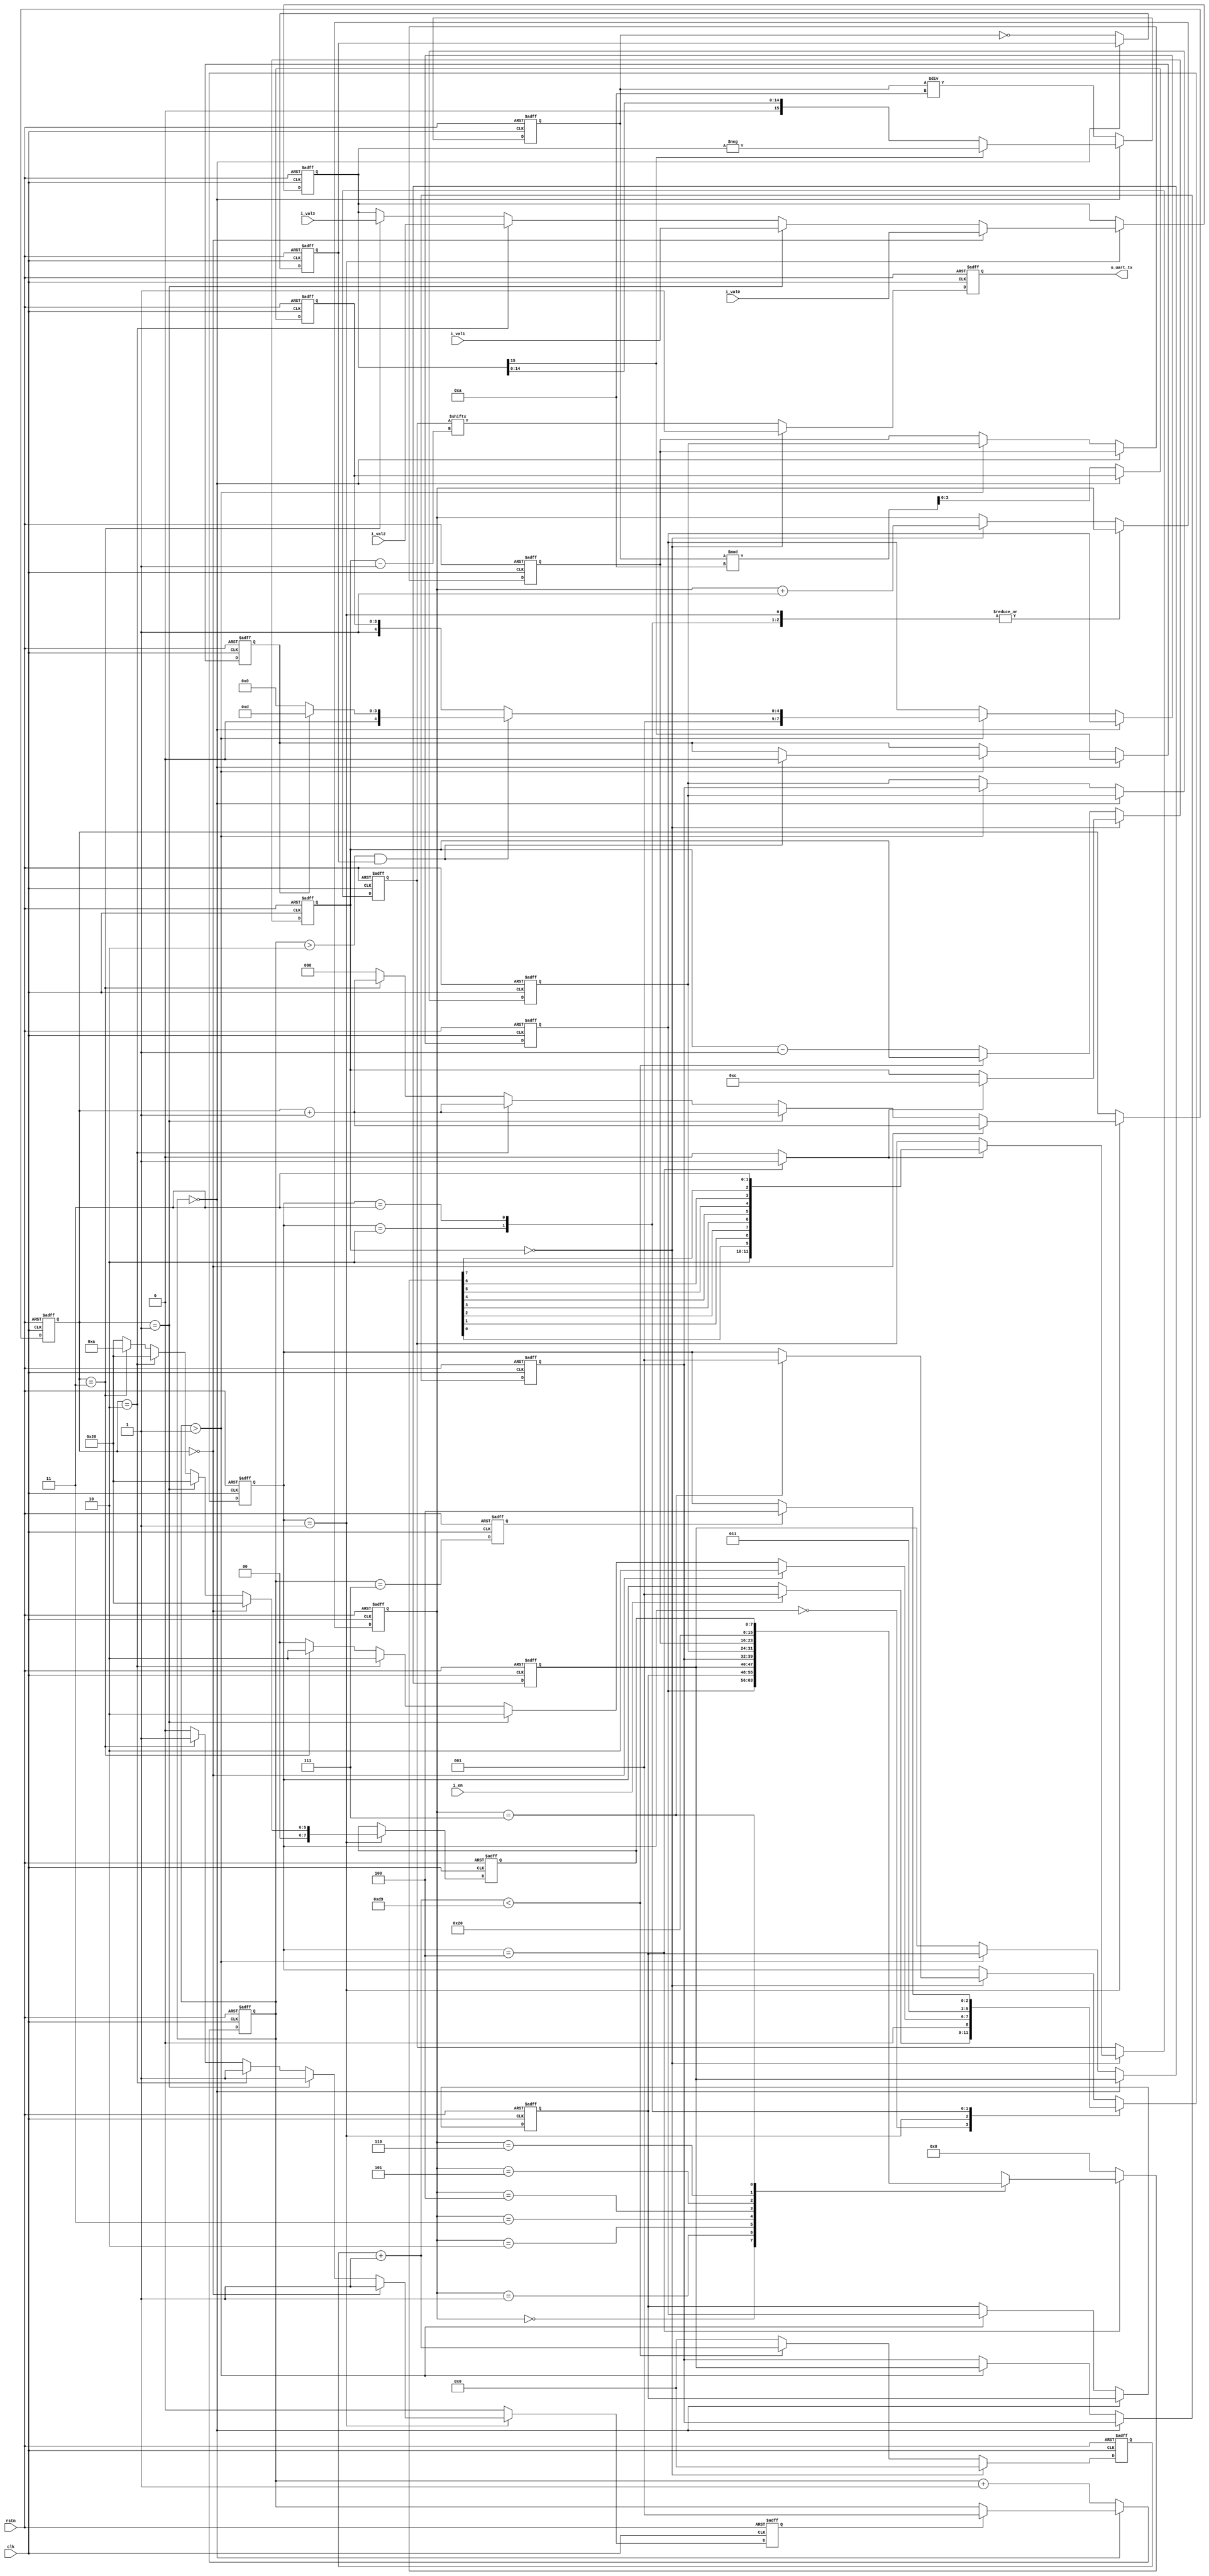
// This program was cloned from: https://github.com/WangXuan95/FPGA-FOC
// License: GNU General Public License v3.0


//--------------------------------------------------------------------------------------------------------
// uart_monitor
// Type    : synthesizable
// Standard: Verilog 2001 (IEEE1364-2001)
// UART115200,8,n,1 i_val0, i_val1, i_val2, i_val3 10 UART 
//--------------------------------------------------------------------------------------------------------

module uart_monitor #(
    parameter [15:0] CLK_DIV = 217 // UART 36.864MHz, CLK_DIV=320 UART  36.864MHz/320=115200
) (
    input  wire               rstn,
    input  wire               clk,
    input  wire               i_en,
    input  wire signed [15:0] i_val0,
    input  wire signed [15:0] i_val1,
    input  wire signed [15:0] i_val2,
    input  wire signed [15:0] i_val3,
    output reg                o_uart_tx  // UART TX 
);

initial o_uart_tx = 1'b1;

localparam [2:0] IDLE    = 3'd0,
                 SELECT  = 3'd1,
                 WAIT    = 3'd2,
                 PARSING = 3'd3,
                 SENDING = 3'd4;
reg        [2:0] stat;

wire       tx_rdy;
reg        tx_en;
reg  [7:0] tx_data;

reg               itoa_en;
reg signed [15:0] itoa_val;
reg               itoa_oen;
reg        [ 7:0] itoa_str [0:5];

reg        [ 2:0] vcnt;

reg        [ 2:0] cnt;
reg        [ 7:0] eov;
wire       [ 7:0] s_str[0:7];

assign s_str[0] = itoa_str[0];
assign s_str[1] = itoa_str[1];
assign s_str[2] = itoa_str[2];
assign s_str[3] = itoa_str[3];
assign s_str[4] = itoa_str[4];
assign s_str[5] = itoa_str[5];
assign s_str[6] = 8'h20;
assign s_str[7] = eov;

always @ (*) begin
    tx_en = 1'b0;
    tx_data = 0;
    if(stat==SENDING) begin
        tx_en = 1'b1;
        tx_data = s_str[cnt];
    end
end

always @ (posedge clk or negedge rstn)
    if(~rstn) begin
        stat <= IDLE;
        itoa_en <= 1'b0;
        itoa_val <= 0;
        vcnt <= 0;
        cnt <= 0;
        eov <= 8'h20;
    end else begin
        itoa_en <= 1'b0;
        case(stat)
            IDLE: if(i_en)
                stat <= SELECT;
            SELECT: begin
                if         (vcnt==3'd0) begin
                    vcnt <= vcnt + 3'd1;
                    stat <= WAIT;
                    itoa_en <= 1'b1;
                    itoa_val <= i_val0;
                    eov <= 8'h20;
                end else if(vcnt==3'd1) begin
                    vcnt <= vcnt + 3'd1;
                    stat <= WAIT;
                    itoa_en <= 1'b1;
                    itoa_val <= i_val1;
                    eov <= 8'h20;
                end else if(vcnt==3'd2) begin
                    vcnt <= vcnt + 3'd1;
                    stat <= WAIT;
                    itoa_en <= 1'b1;
                    itoa_val <= i_val2;
                    eov <= 8'h20;
                end else if(vcnt==3'd3) begin
                    vcnt <= vcnt + 3'd1;
                    stat <= WAIT;
                    itoa_en <= 1'b1;
                    itoa_val <= i_val3;
                    eov <= 8'h0A;
                end else begin
                    vcnt <= 3'd0;
                    stat <= IDLE;
                    eov <= 8'h20;
                end
            end
            WAIT:
                stat <= PARSING;
            PARSING: if(itoa_oen)
                stat <= SENDING;
            default: //SENDING:
                if(tx_rdy) begin
                    cnt <= cnt + 3'd1;
                    if(cnt==3'd7)
                        stat <= SELECT;
                end
        endcase
    end


reg [ 2:0] itoa_cnt;
reg        itoa_sign;
reg        itoa_zero;
reg [15:0] itoa_abs;
wire[15:0] itoa_rem_w = (itoa_abs % 16'd10);
reg [ 3:0] itoa_rem;


always @ (posedge clk or negedge rstn)
    if(~rstn) begin
        itoa_cnt <= 3'd0;
        {itoa_sign, itoa_abs, itoa_zero, itoa_rem} <= 0;
        itoa_oen <= 1'b0;
        itoa_str[0] <= 0;
        itoa_str[1] <= 0;
        itoa_str[2] <= 0;
        itoa_str[3] <= 0;
        itoa_str[4] <= 0;
        itoa_str[5] <= 0;
    end else begin
        if(itoa_cnt==3'd0) begin
            if(itoa_en)
                itoa_cnt <= 3'd1;
            itoa_sign <= itoa_val[15];
            itoa_abs  <= itoa_val[15] ? $unsigned(-itoa_val) : $unsigned(itoa_val);
        end else begin
            itoa_cnt  <= (itoa_cnt + 3'd1);
            itoa_abs  <= (itoa_abs / 16'd10);
            itoa_rem  <= itoa_rem_w[3:0];
            itoa_zero <= (itoa_abs == 16'd0);
            if(itoa_cnt>3'd1) begin
                itoa_str[5] <= itoa_str[4];
                itoa_str[4] <= itoa_str[3];
                itoa_str[3] <= itoa_str[2];
                itoa_str[2] <= itoa_str[1];
                itoa_str[1] <= itoa_str[0];
                if(itoa_cnt>3'd2 && itoa_zero) begin
                    itoa_str[0] <= itoa_sign ? 8'h2D : 8'h20;
                    itoa_sign <= 1'b0;
                end else begin
                    itoa_str[0] <= {4'h3, itoa_rem};
                end
            end
        end
        itoa_oen <= itoa_cnt == 3'd7;
    end


reg [15:0] ccnt;
reg [ 3:0] tx_cnt;
reg [12:1] tx_shift;

assign tx_rdy = (tx_cnt==4'd0);

always @ (posedge clk or negedge rstn)
    if(~rstn) begin
        o_uart_tx <= 1'b1;
        ccnt <= 0;
        tx_cnt <= 0;
        tx_shift <= 12'hFFF;
    end else begin
        if(tx_cnt==4'd0) begin
            o_uart_tx <= 1'b1;
            ccnt <= 0;
            if(tx_en) begin
                tx_cnt <= 4'd12;
                tx_shift <= {2'b10, tx_data[0], tx_data[1], tx_data[2], tx_data[3], tx_data[4], tx_data[5], tx_data[6], tx_data[7], 2'b11};
            end
        end else begin
            o_uart_tx <= tx_shift[tx_cnt];
            if( ccnt + 16'd1 < CLK_DIV ) begin
                ccnt <= ccnt + 16'd1;
            end else begin
                ccnt <= 0;
                tx_cnt <= tx_cnt - 4'd1;
            end
        end
    end


endmodule